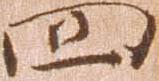
四